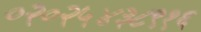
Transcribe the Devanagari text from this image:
०२०२५४३८९१६